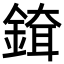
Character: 𨨹